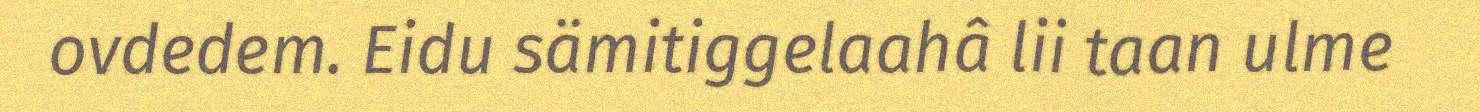
ovdedem. Eidu sämitiggelaahâ lii taan ulme